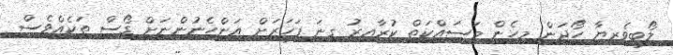
ލޯބިވެރިޔާ ހޯދަން މިހެން މަސައްކަތް ކުރާއިރު ގިނަ ފަހަރަށް އަންހެނުންނަށް ގޯސް ތަކެއްވެސް